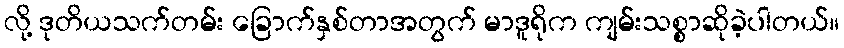
လို့ ဒုတိယသက်တမ်း ခြောက်နှစ်တာအတွက် မာဒူရိုက ကျမ်းသစ္စာဆိုခဲ့ပါတယ်။